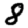
Digit: 8